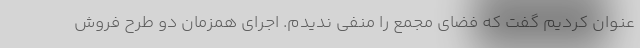
عنوان کردیم گفت که فضای مجمع را منفی ندیدم. اجرای همزمان دو طرح فروش